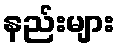
နည်းများ